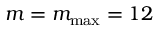
m = m _ { \mathrm { m a x } } = 1 2